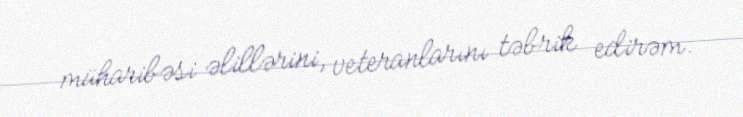
müharibəsi əlillərini, veteranlarını təbrik edirəm.